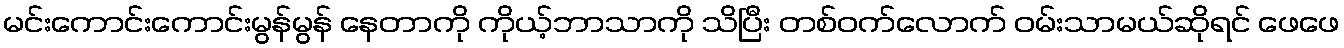
မင်းကောင်းကောင်းမွန်မွန် နေတာကို ကိုယ့်ဘာသာကို သိပြီး တစ်ဝက်လောက် ဝမ်းသာမယ်ဆိုရင် ဖေဖေ